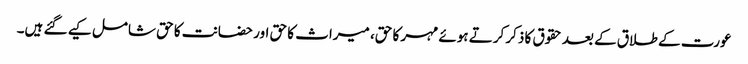
عورت کے طلاق کے بعد حقوق کا ذکر کرتے ہوئے مہر کا حق، میراث کا حق اور حضانت کا حق شامل کیے گئے ہیں۔